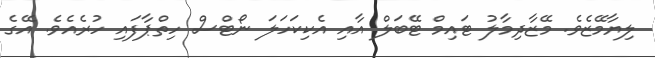
ލިޔާމޭޒެވެ. މޭޒާދިމާލު ޓައިމް ޓޭބަލް އާއި އެކިކަހަލަ ނޯޓްސް ހިތްޕާފައި ހުރެއެވެ. އޭގެ